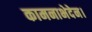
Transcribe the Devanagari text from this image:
कामनाभेदेन।